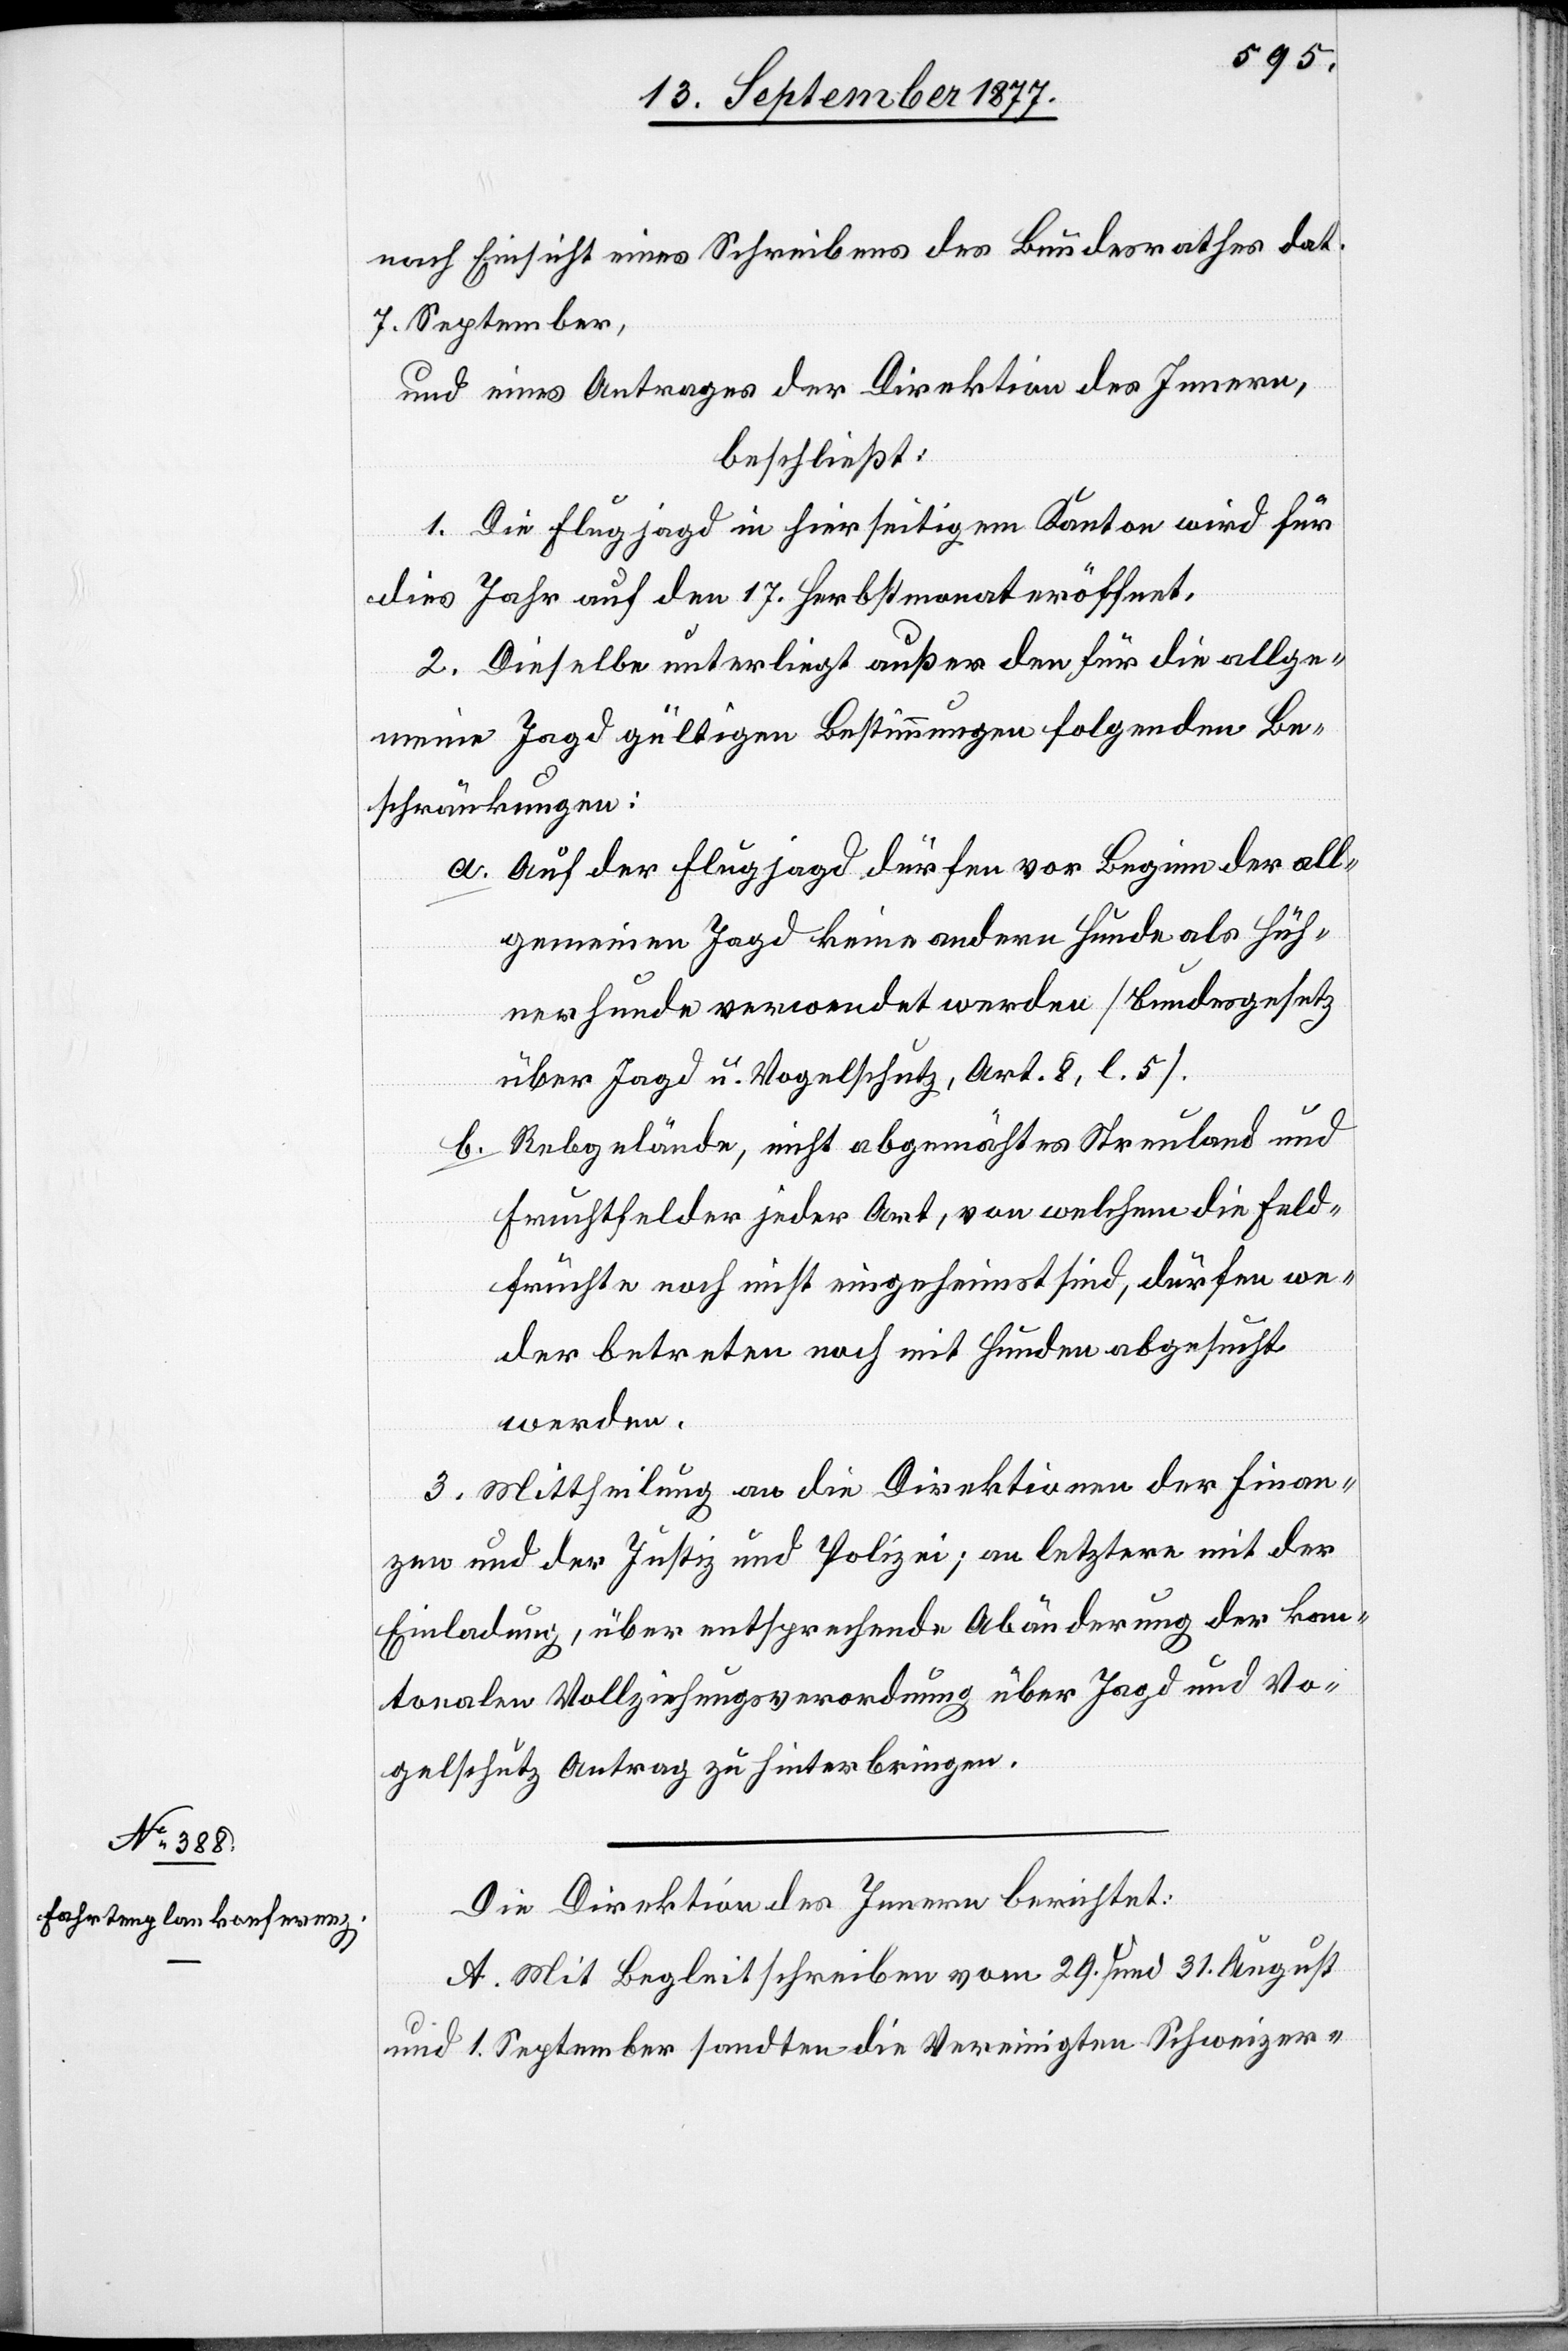
nach Einsicht eines Schreibens des Bundesrathes dat.
7. September,
und eines Antrages der Direktion des Innern,
beschließt:
1. Die Flugjagd in hierseitigem Kanton wird für
dies Jahr auf den 17. Herbstmonat eröffnet.
2. Dieselbe unterliegt außer den für die allge¬
meine Jagd gültigen Bestimmungen folgenden Be¬
schränkungen:
Auf der Flugjagd dürfen vor Beginn der all¬
gemeinen Jagd keine andern Hunde als Hüh¬
nerhunde verwendet werden [Bundesgesetz
über Jagd u. Vogelschutz, Art. 8, l. 5].
Rebgelände, nicht abgemähtes Streuland und
Fruchtfelder jeder Art, von welchem die Feld¬
früchte noch nicht eingeheimst sind, dürfen we¬
der betreten noch mit Hunden abgesucht
werden.
3. Mittheilung an die Direktionen der Finan¬
zen und der Justiz und Polizei; an letztere mit der
Einladung, über entsprechende Abänderung der kan¬
tonalen Vollziehungsverordnung über Jagd und Vo¬
gelschutz Antrag zu hinterbringen.
Die Direktion des Innern berichtet:
A. Mit Begleitschreiben vom 29. und 31. August
und 1. September sandten die Vereinigten Schweizer-